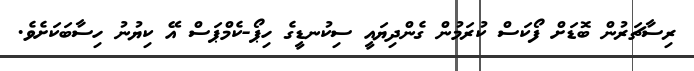
ރިސާޗަރުން ބޮޑަށް ފޯކަސް ކުރަމުން ގެންދިޔައީ ސިކުނޑީގެ ހިޕޯ-ކެމްޕަސް އޭ ކިޔުނު ހިސާބަކަށެވެ.